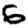
Digit: 6